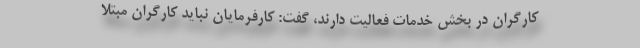
کارگران در بخش خدمات فعالیت دارند، گفت: کارفرمایان نباید کارگران مبتلا